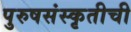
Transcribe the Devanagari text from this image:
पुरुषसंस्कृतीची